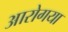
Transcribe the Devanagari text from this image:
आरोगया